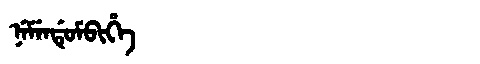
Manchu: ᠨᡝᠮᡝᠨᡩᡠᠮᠪᡳᡥᡝ
Romanization: NEMENDUMBIHE